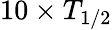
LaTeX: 10\times T_{1/2}